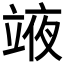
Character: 𮄳